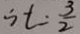
\therefore t = \frac { 3 } { 2 }